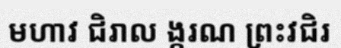
មហាវ ជិរាល ង្ករណ ព្រះវជិរ